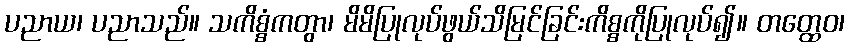
ပညာယ၊ ပညာသည်။ သကိစ္စံကတွာ၊ မိမိပြုလုပ်ဖွယ်သိမြင်ခြင်းကိစ္စကိုပြုလုပ်၍။ တတ္ထေဝ၊